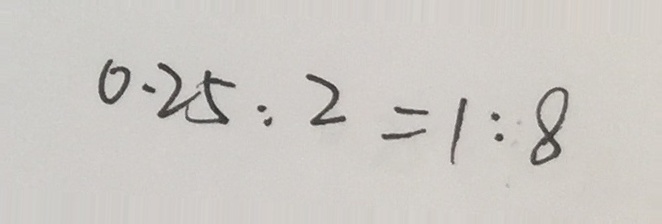
0 . 2 5 : 2 = 1 : 8